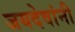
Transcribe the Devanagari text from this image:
जयदेवांनी